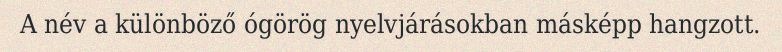
A név a különböző ógörög nyelvjárásokban másképp hangzott.